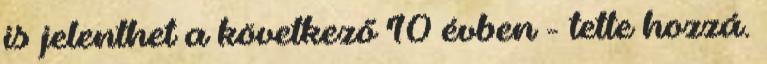
is jelenthet a következő 10 évben - tette hozzá.